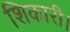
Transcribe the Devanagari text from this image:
शिकारी।